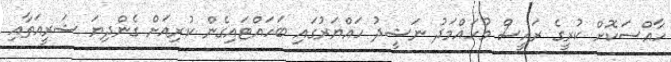
ހާއްސަކޮށް ކުރީގެ ރައީސް މުހައްމަދު ނަޝީދު ހައްޔަރުގައި ބަހައްޓައިގެން ކުރިއަށް ގެންދިޔަ ޝަރީއަތާއި